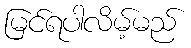
မြင်ရပါလိမ့်မည်